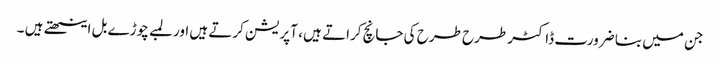
جن میں بنا ضرورت ڈاکٹر طرح طرح کی جانچ کراتے ہیں ، آپریشن کرتے ہیں اور لمبے چوڑے بل اینٹھتے ہیں ۔